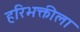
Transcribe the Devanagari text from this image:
हरिभक्तीला